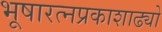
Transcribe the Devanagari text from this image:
भूषारत्नप्रकाशाढ्यो